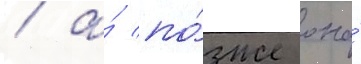
/ а́ по́зже она́